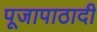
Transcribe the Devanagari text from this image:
पूजापाठादी